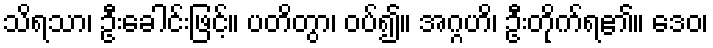
သိရသာ၊ ဦးခေါင်းဖြင့်။ ပတိတွာ၊ ဝပ်၍။ အဂ္ဂဟိ၊ ဦးတိုက်ရ၏။ ဒေဝ၊